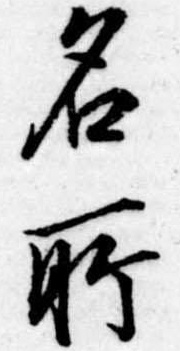
名所